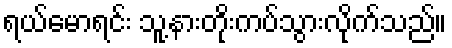
ရယ်မောရင်း သူ့နားတိုးကပ်သွားလိုက်သည်။